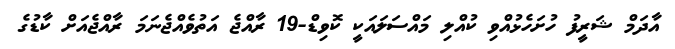
އާދަމް ޝަރީފު ހުށަހެޅުއްވި ކުއްލި މައްސަލައަކީ ކޮވިޑް-19 ރާއްޖެ އަތުވެއްޖެނަމަ ރާއްޖެއަށް ކާޑުގެ